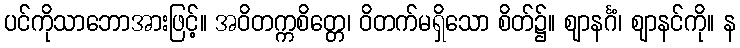
ပင်ကိုသာဘောအားဖြင့်။ အဝိတက္ကစိတ္တေ၊ ဝိတက်မရှိသော စိတ်၌။ ဈာနင်္ဂံ၊ ဈာနင်ကို။ န